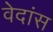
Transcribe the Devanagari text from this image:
वेदांस